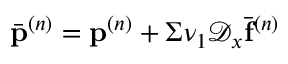
\bar { \mathbf { p } } ^ { ( n ) } = \mathbf { p } ^ { ( n ) } + \Sigma \nu _ { 1 } \mathcal { D } _ { x } \bar { \mathbf { f } } ^ { ( n ) }